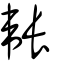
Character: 韔